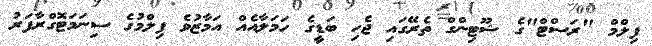
ފިލްމް "ރަސްޓް"ގެ ޝޫޓިންގް ތެރޭގައި ޖެހި ބަޑީގެ ހަމަލާއެއް އަމާޒުވެ ފިލްމުގެ ސިނަމަޓޮގްރާފަރު